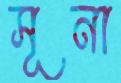
সূনা